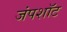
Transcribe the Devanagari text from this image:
जंपशॉट